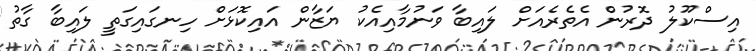
އިސްކޫލު ދޮރުން އެތެރެއަށް ލައިބާ ވަނުމާއިއެކު ޔަޒާން އައިކޮޅަށް ހިނގައިގަތީ ލައިބާ ގާތު